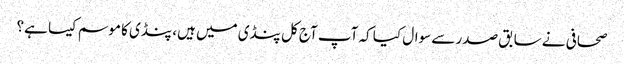
صحافی نے سابق صدر سے سوال کیا کہ آپ آج کل پنڈی میں ہیں، پنڈی کا موسم کیسا ہے؟